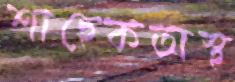
শাহেকঅস্থ